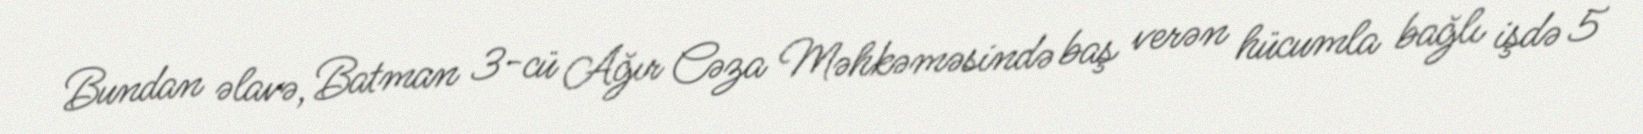
Bundan əlavə, Batman 3-cü Ağır Cəza Məhkəməsində baş verən hücumla bağlı işdə 5